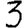
Digit: 3